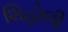
શિહોલી